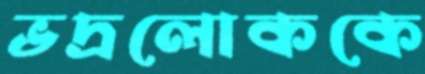
ভদ্রলোককে